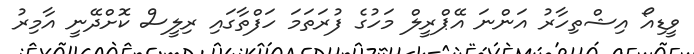
ވީޑިއޯ އިޝްތިހާރު އަންނަ އޭޕްރީލް މަހުގެ ފުރަތަމަ ހަފްތާގައި ރިލީސް ކޮށްދޭނީ އާމިރު